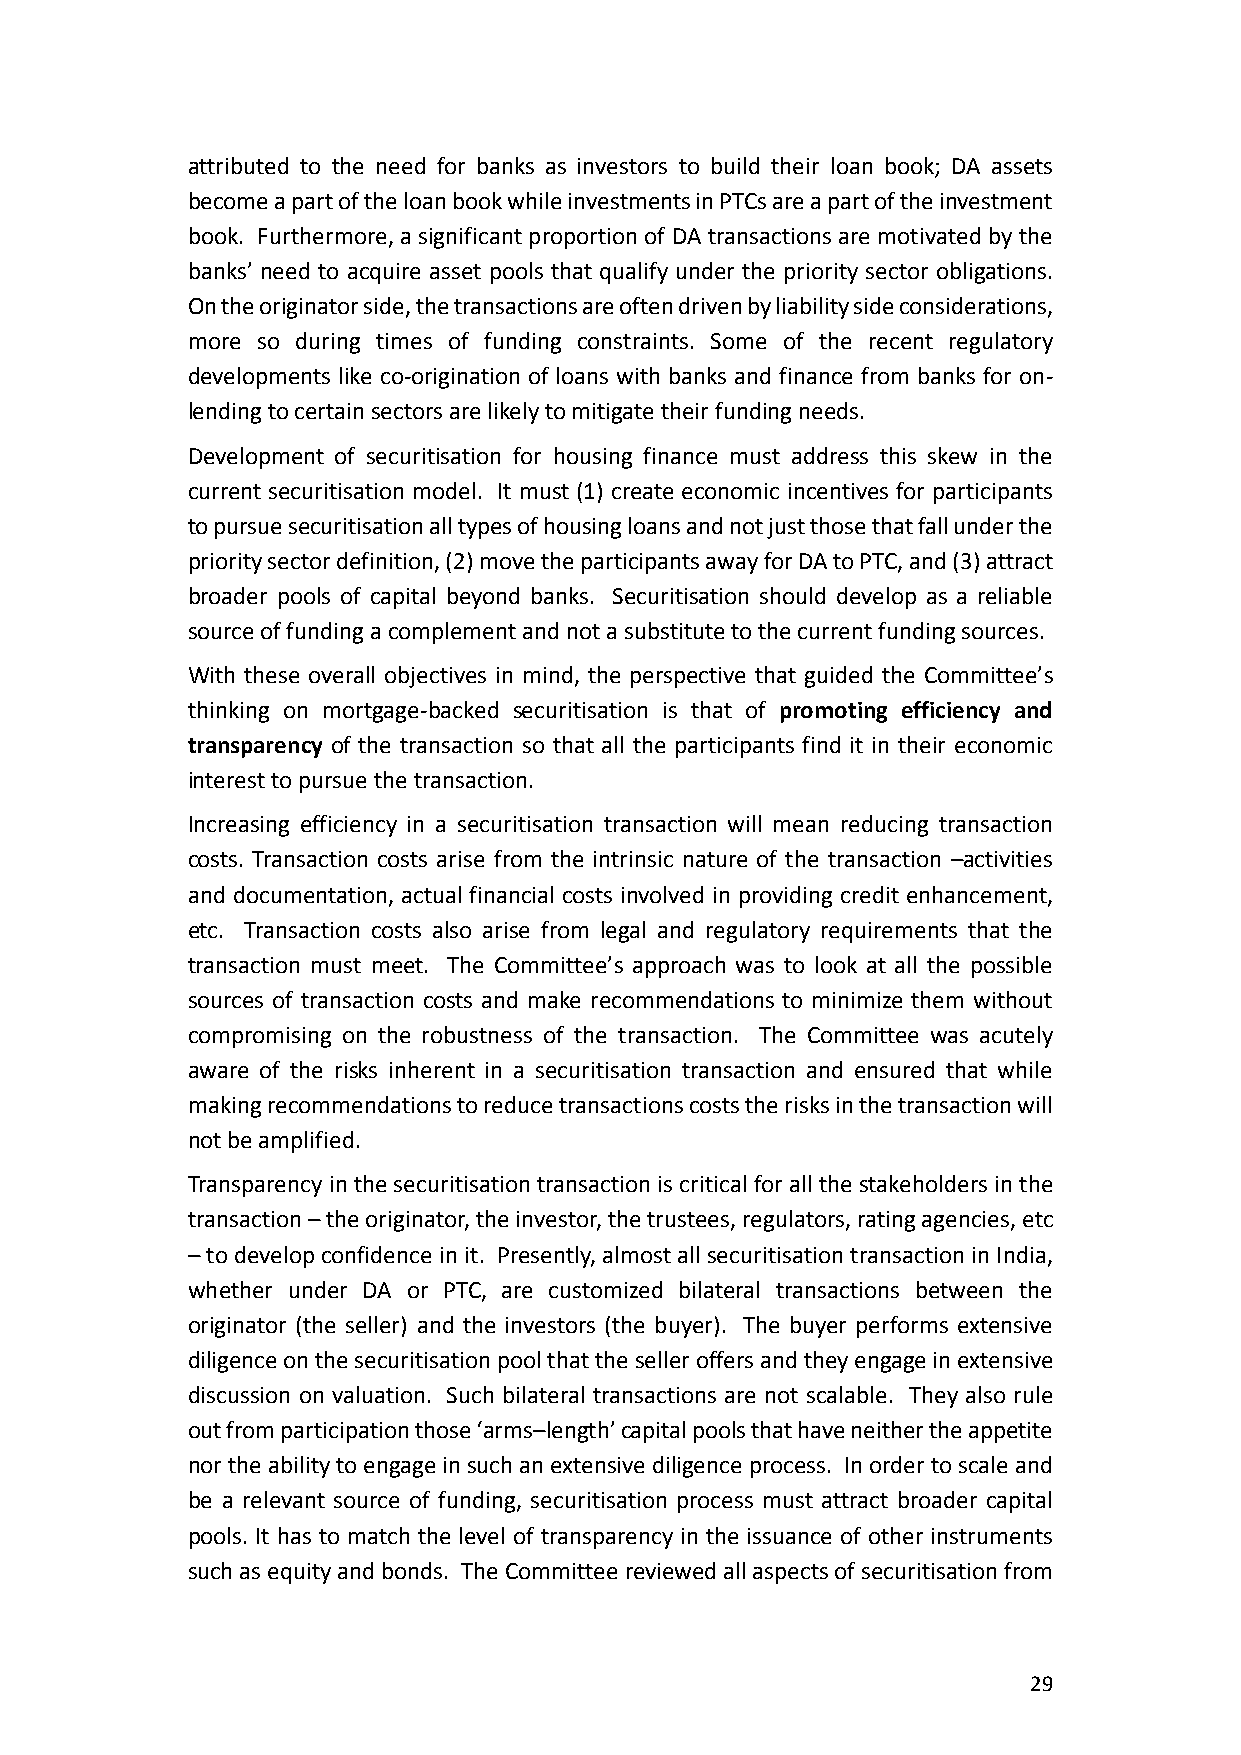
attributed to the need for banks as investors to build their loan book; DA assets
 become a part of the loan book while investments in PTCs are a part of the investment
 book. Furthermore, a significant proportion of DA transactions are motivated by the
 banks’ need to acquire asset pools that qualify under the priority sector obligations.
 On the originator side, the transactions are often driven by liability side considerations,
 more so during times of funding constraints. Some of the recent regulatory
 developments like co-origination of loans with banks and finance from banks for on-
 lending to certain sectors are likely to mitigate their funding needs.
 Development of securitisation for housing finance must address this skew in the
 current securitisation model. It must (1) create economic incentives for participants
 to pursue securitisation all types of housing loans and not just those that fall under the
 priority sector definition, (2) move the participants away for DA to PTC, and (3) attract
 broader pools of capital beyond banks. Securitisation should develop as a reliable
 source of funding a complement and not a substitute to the current funding sources.
 With these overall objectives in mind, the perspective that guided the Committee’s
 thinking on mortgage-backed securitisation is that of promoting efficiency and
 transparency of the transaction so that all the participants find it in their economic
 interest to pursue the transaction.
 Increasing efficiency in a securitisation transaction will mean reducing transaction
 costs. Transaction costs arise from the intrinsic nature of the transaction –activities
 and documentation, actual financial costs involved in providing credit enhancement,
 etc. Transaction costs also arise from legal and regulatory requirements that the
 transaction must meet. The Committee’s approach was to look at all the possible
 sources of transaction costs and make recommendations to minimize them without
 compromising on the robustness of the transaction. The Committee was acutely
 aware of the risks inherent in a securitisation transaction and ensured that while
 making recommendations to reduce transactions costs the risks in the transaction will
 not be amplified.
 Transparency in the securitisation transaction is critical for all the stakeholders in the
 transaction – the originator, the investor, the trustees, regulators, rating agencies, etc
 – to develop confidence in it. Presently, almost all securitisation transaction in India,
 whether under DA or PTC, are customized bilateral transactions between the
 originator (the seller) and the investors (the buyer). The buyer performs extensive
 diligence on the securitisation pool that the seller offers and they engage in extensive
 discussion on valuation. Such bilateral transactions are not scalable. They also rule
 out from participation those ‘arms–length’ capital pools that have neither the appetite
 nor the ability to engage in such an extensive diligence process. In order to scale and
 be a relevant source of funding, securitisation process must attract broader capital
 pools. It has to match the level of transparency in the issuance of other instruments
 such as equity and bonds. The Committee reviewed all aspects of securitisation from
 29